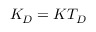
K _ { D } = K T _ { D }